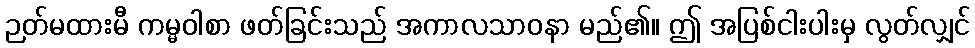
ဉတ်မထားမီ ကမ္မဝါစာ ဖတ်ခြင်းသည် အကာလသာဝနာ မည်၏။ ဤ အပြစ်ငါးပါးမှ လွတ်လျှင်